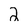
Character: 2